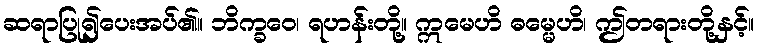
ဆရာပြု၍ပေးအပ်၏။ ဘိက္ခဝေ၊ ရဟန်းတို့။ ဣမေဟိ ဓမ္မေဟိ၊ ဤတရားတို့နှင့်။